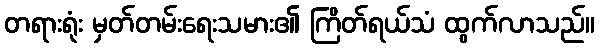
တရားရုံး မှတ်တမ်းရေးသမား၏ ကြိတ်ရယ်သံ ထွက်လာသည်။